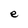
Character: e